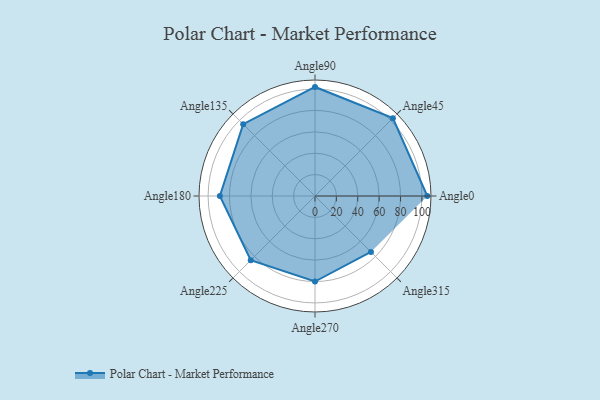
{"axis": {"x": "Angle", "y": "Radius"}, "legend": [""], "data": [{"x": "Angle0", "y": 105.0, "type": ""}, {"x": "Angle45", "y": 103.0, "type": ""}, {"x": "Angle90", "y": 102.0, "type": ""}, {"x": "Angle135", "y": 95.0, "type": ""}, {"x": "Angle180", "y": 89.0, "type": ""}, {"x": "Angle225", "y": 85.0, "type": ""}, {"x": "Angle270", "y": 80.0, "type": ""}, {"x": "Angle315", "y": 74.0, "type": ""}]}